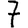
Digit: 7